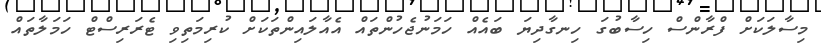
މިސާލަކަށް ފްރާންސް ހިސާބުގަ ހިނގާދިޔަ ބައެއް ހަމަނުޖެހުންތައް އެއާލައިންތަކަށް ކުރިމަތިވި ޓެރަރިސްޓް ހަމަލާތައް